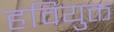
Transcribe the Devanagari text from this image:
हवियुक्त